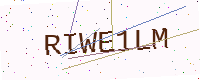
Text: RIWE1LM